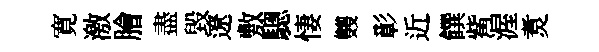
寛激膾盡毀遼敷驄悽䨇彰近饌觜渥煑